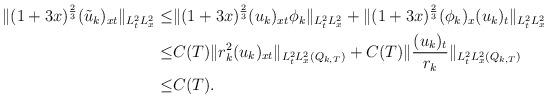
LaTeX: \begin{align*}\begin{aligned}\|(1+3x)^{\frac{2}{3}}(\tilde{u}_k)_{xt}\|_{L^2_tL^2_x}\leq&\|(1+3x)^{\frac{2}{3}}(u_k)_{xt}\phi_k\|_{L^2_tL^2_x}+\|(1+3x)^{\frac{2}{3}}(\phi_k)_x(u_k)_t\|_{L^2_tL^2_x}\\\leq& C(T)\|r_k^2(u_k)_{xt}\|_{L^2_tL^2_x(Q_{k,T})}+C(T)\|\frac{(u_k)_t}{r_k}\|_{L^2_tL^2_x(Q_{k,T})}\\\leq &C(T).\end{aligned}\end{align*}